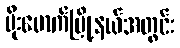
မိုးမောက်မြို့နယ်အတွင်း